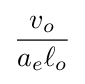
{\frac {v_{o}}{a_{e}\ell _{o}}}